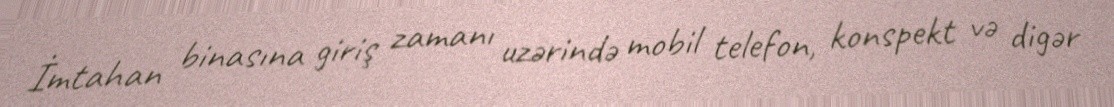
İmtahan binasına giriş zamanı uzərində mobil telefon, konspekt və digər